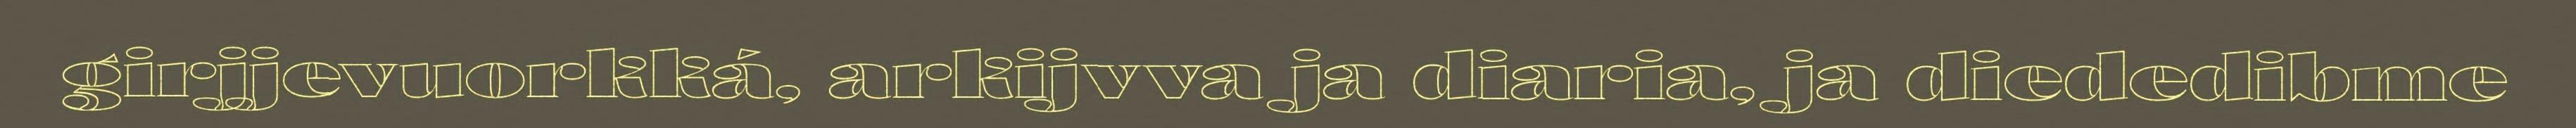
girjjevuorkká, arkijvva ja diaria, ja diededibme